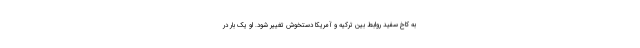
به کاخ سفید روابط بین ترکیه و آمریکا دستخوش تغییر شود. او یک بار در